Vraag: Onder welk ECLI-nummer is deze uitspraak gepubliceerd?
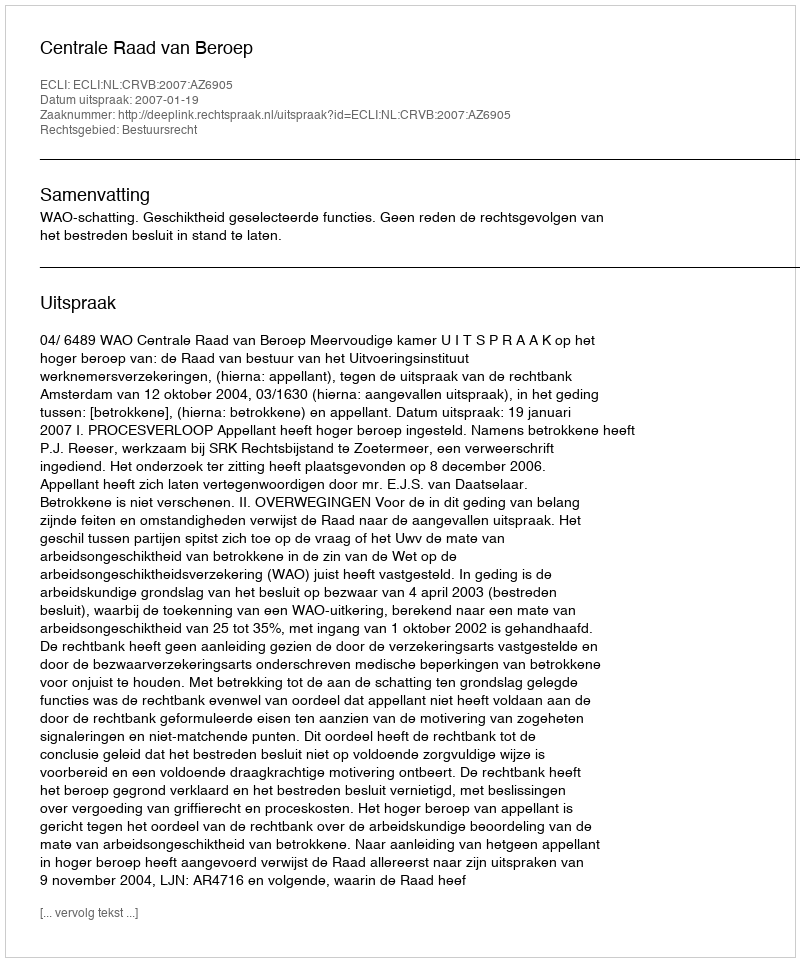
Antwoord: ECLI:NL:CRVB:2007:AZ6905